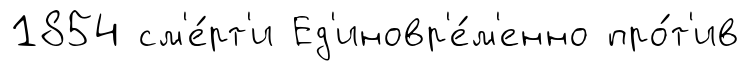
1854 см'е́рт'и Ед'иновр'е́м'енно про́т'ив